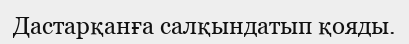
Дастарқанға салқындатып қояды.